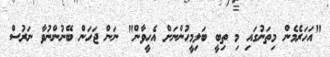
"އަހަރެމެން މިތަނުގައި މި ތިބީ ބަލިމީހުންނަށް އެހީވާން" ނަން ޖަހަން ބޭނުންނުވާ ނަރުސް